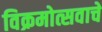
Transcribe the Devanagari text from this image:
विक्रमोत्सवाचे